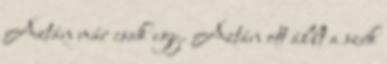
Aztán már csak egy. Aztán ott állt a szék